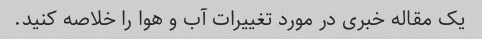
یک مقاله خبری در مورد تغییرات آب و هوا را خلاصه کنید.